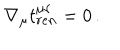
\nabla _ { \mu } t _ { r e n } ^ { \mu \nu } = 0 \, .